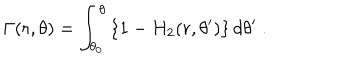
LaTeX: \Gamma ( r , \theta ) = \int _ { \theta _ { 0 } } ^ { \theta } \left\{ 1 - H _ { 2 } ( r , \theta ^ { \prime } ) \right\} d \theta ^ { \prime } \ .